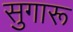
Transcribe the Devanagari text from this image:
सुगारू